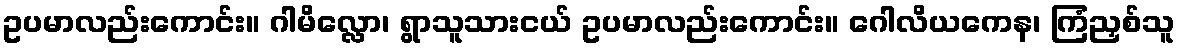
ဥပမာလည်းကောင်း။ ဂါမိလ္လော၊ ရွာသူသားငယ် ဥပမာလည်းကောင်း။ ဂေါလိယကေန၊ ကြံညှစ်သူ